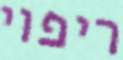
ריפוי